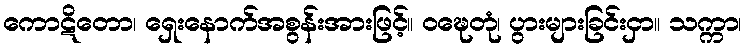
ကောဋိတော၊ ရှေးနောက်အစွန်းအားဖြင့်။ ဝဍ္ဎေတုံ၊ ပွားများခြင်းငှာ။ သက္ကာ၊